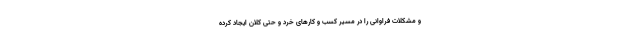
و مشکلات فراوانی را در مسیر کسب و کارهای خرد و حتی کلان ایجاد کرده